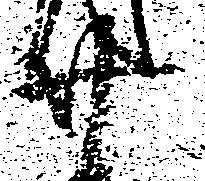
廿